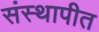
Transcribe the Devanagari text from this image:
संस्थापीत